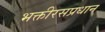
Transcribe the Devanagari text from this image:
भक्तीरसप्रधान